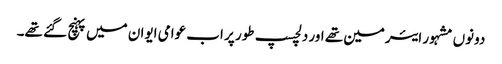
دونوں مشہور ایئرمین تھے اور دلچسپ طور پر اب عوامی ایوان میں پہنچ گئے تھے۔